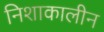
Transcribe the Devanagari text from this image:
निशाकालीन